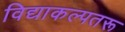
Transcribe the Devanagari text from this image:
विद्याकल्पतरू